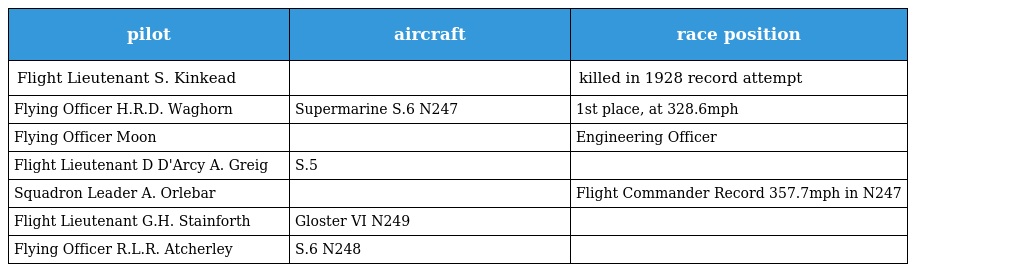
| pilot | aircraft | race position |
 | --- | --- | --- |
 | Flight Lieutenant S. Kinkead |  | killed in 1928 record attempt |
 | Flying Officer H.R.D. Waghorn | Supermarine S.6 N247 | 1st place, at 328.6mph |
 | Flying Officer Moon |  | Engineering Officer |
 | Flight Lieutenant D D'Arcy A. Greig | S.5 |  |
 | Squadron Leader A. Orlebar |  | Flight Commander Record 357.7mph in N247 |
 | Flight Lieutenant G.H. Stainforth | Gloster VI N249 |  |
 | Flying Officer R.L.R. Atcherley | S.6 N248 |  |